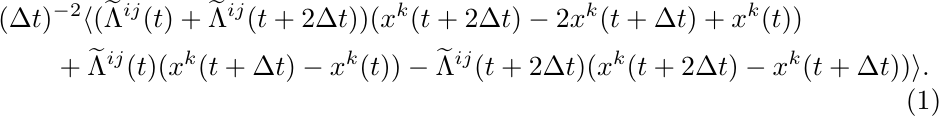
	\begin{equation} \label{eq:Lvvv2}
		\begin{aligned}
			&(\Delta t)^{-2} \langle (\widetilde{\Lambda}^{ij}(t) + \widetilde{\Lambda}^{ij}(t+2\Delta t)) (x^k(t+2\Delta t)-2x^k(t+\Delta t)+x^k(t)) \\
			&\qquad{} + \widetilde{\Lambda}^{ij}(t) (x^k(t+\Delta t)-x^k(t)) - \widetilde{\Lambda}^{ij}(t+2 \Delta t) (x^k(t+2\Delta t)-x^k(t+\Delta t)) \rangle.
		\end{aligned}
	\end{equation}